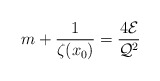
\begin{align*}m+\frac{1}{\zeta(x_0)}=\frac{4{\cal E}}{{\cal Q}^2}\end{align*}